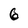
Character: 6